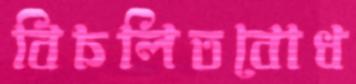
বিচলিতবোধ